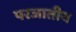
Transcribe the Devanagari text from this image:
परजातीय